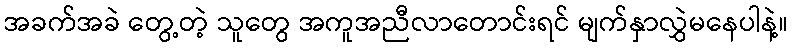
အခက်အခဲ တွေ့တဲ့ သူတွေ အကူအညီလာတောင်းရင် မျက်နှာလွှဲမနေပါနဲ့။